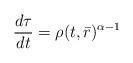
LaTeX: \begin{align*} \frac {d\tau}{dt}=\rho(t,\bar{r})^{\alpha-1}\end{align*}